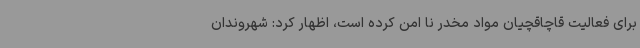
برای فعالیت قاچاقچیان مواد مخدر نا امن کرده است، اظهار کرد: شهروندان